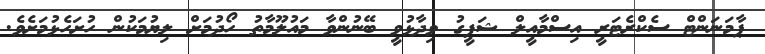
ޕާމަނަންޓް ސެކްރެޓަރީ އިސްމާއީލް ޝަފީގު ވިދާޅުވީ ބޭނުންވާ މައުލޫމާތު ހޯދުމަށް ލިޔުމަކުން ހުށަހެޅުމަށެވެ.